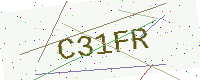
Text: C31FR